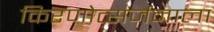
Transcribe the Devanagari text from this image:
किरणोत्सर्जनाला